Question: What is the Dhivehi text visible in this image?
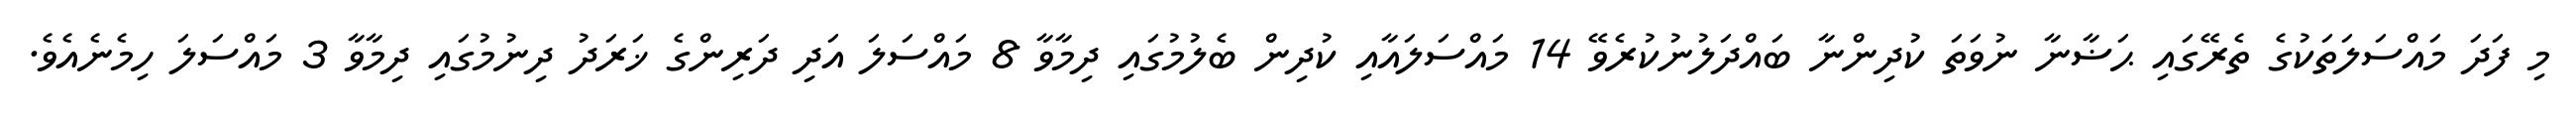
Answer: މި ފަދަ މައްސަލަތަކުގެ ތެރޭގައި ޙަޟާނާ ނުވަތަ ކުދިންނާ ބައްދަލުނުކުރެވޭ 14 މައްސަލައާއި ކުދިން ބެލުމުގައި ދިމާވާ 8 މައްސަލަ އަދި ދަރިންގެ ޚަރަދު ދިނުމުގައި ދިމާވާ 3 މައްސަލަ ހިމެނެއެވެ.